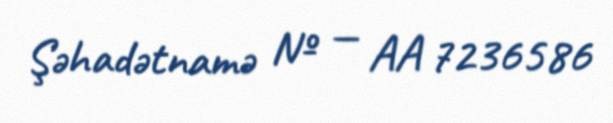
Şəhadətnamə № — AA 7236586